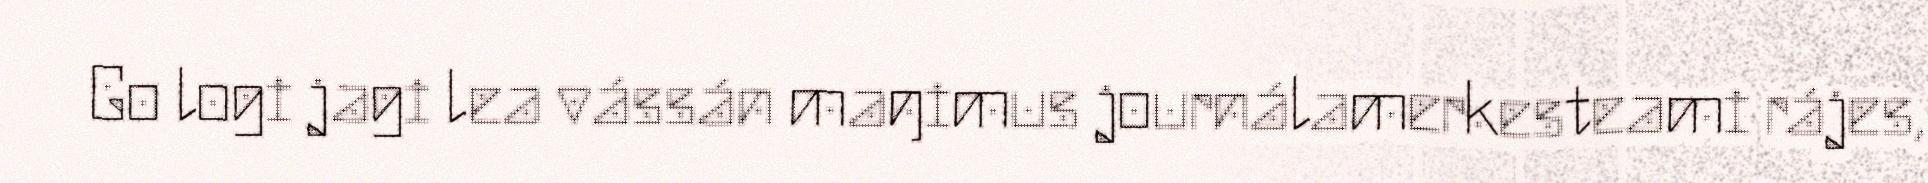
Go logi jagi lea vássán maŋimus journálamerkesteami rájes,